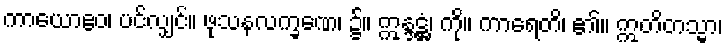
ကာယောဧဝ၊ ပင်လျှင်။ ဖုသနလက္ခဏေ၊ ၌။ ဣန္ဒဋ္ဌံ၊ ကို။ ကာရေတိ၊ ၏။ ဣတိတသ္မာ၊